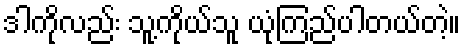
ဒါကိုလည်း သူ့ကိုယ်သူ ယုံကြည်ပါတယ်တဲ့။